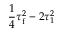
\frac { 1 } { 4 } \tau _ { \mathrm { f } } ^ { 2 } - 2 \tau _ { 1 } ^ { 2 }